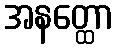
အနတ္ထော